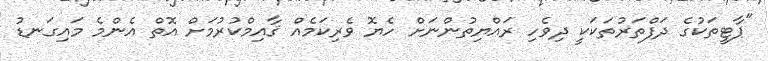
"ޕާޓީތަކުގެ ދަފްތަރުތަކަކީ ދިވެހި ރައްޔިތުންނަށް ހެޔޮ ވެރިކަމެއް ޤާއިމްކުރުމަށް އޮތް އެންމެ މައިގަނޑު